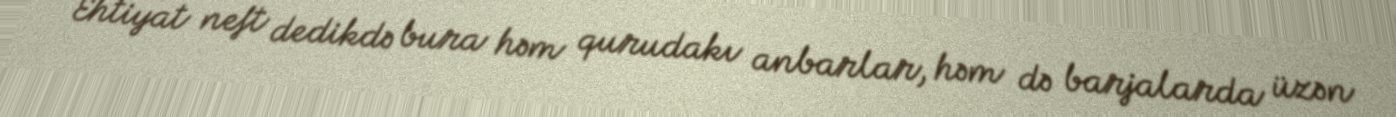
Ehtiyat neft dedikdə bura həm qurudakı anbarlar, həm də barjalarda üzən